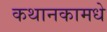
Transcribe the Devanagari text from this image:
कथानकामधे